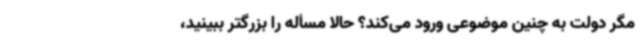
مگر دولت به چنین موضوعی ورود می‌کند؟ حالا مسأله را بزرگتر ببینید،